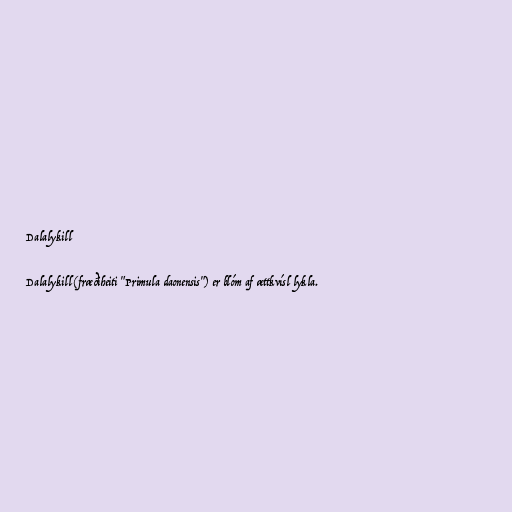
Dalalykill

Dalalykill (fræðiheiti "Primula daonensis") er blóm af ættkvísl lykla.